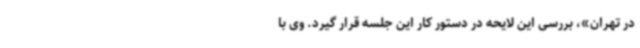
در تهران»، بررسی این لایحه در دستور کار این جلسه قرار گیرد. وی با